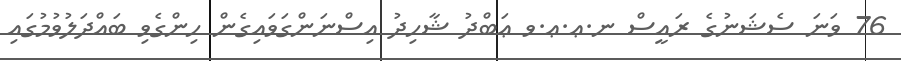
76 ވަނަ ސެޝަނުގެ ރައީސް ނ.ޢ.ޢ.ވ ޢަބްދު ޝާހިދު އިސްނަންގަވައިގެން ހިންގެވި ބައްދަލުވުމުގައި